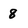
Character: 8